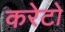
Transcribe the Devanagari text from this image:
करेटो